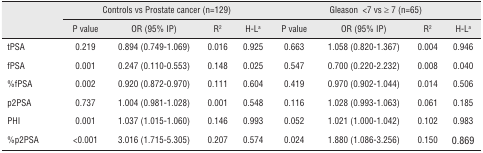
| <ROWSPAN=3>  | <COLSPAN=4> Controls vs Prostate cancer (n=129) | <COLSPAN=4> Gleason <7 vs ≥ 7 (n=65) |
 | P value | OR (95% IP) | R2 | H-La | P value | OR (95% IP) | R2 | H-La |
 | --- | --- | --- | --- | --- | --- | --- | --- | --- |
 | tPSA | 0.219 | 0.894 (0.749-1.069) | 0.016 | 0.925 | 0.663 | 1.058 (0.820-1.367) | 0.004 | 0.946 |
 | fPSA | 0.001 | 0.247 (0.110-0.553) | 0.148 | 0.025 | 0.547 | 0.700 (0.220-2.232) | 0.008 | 0.040 |
 | %fPSA | 0.002 | 0.920 (0.872-0.970) | 0.111 | 0.604 | 0.419 | 0.970 (0.902-1.044) | 0.014 | 0.506 |
 | p2PSA | 0.737 | 1.004 (0.981-1.028) | 0.001 | 0.548 | 0.116 | 1.028 (0.993-1.063) | 0.061 | 0.185 |
 | PHI | 0.001 | 1.037 (1.015-1.060) | 0.146 | 0.993 | 0.052 | 1.021 (1.000-1.042) | 0.102 | 0.983 |
 | %p2PSA | <0.001 | 3.016 (1.715-5.305) | 0.207 | 0.574 | 0.024 | 1.880 (1.086-3.256) | 0.150 | 0.869 |